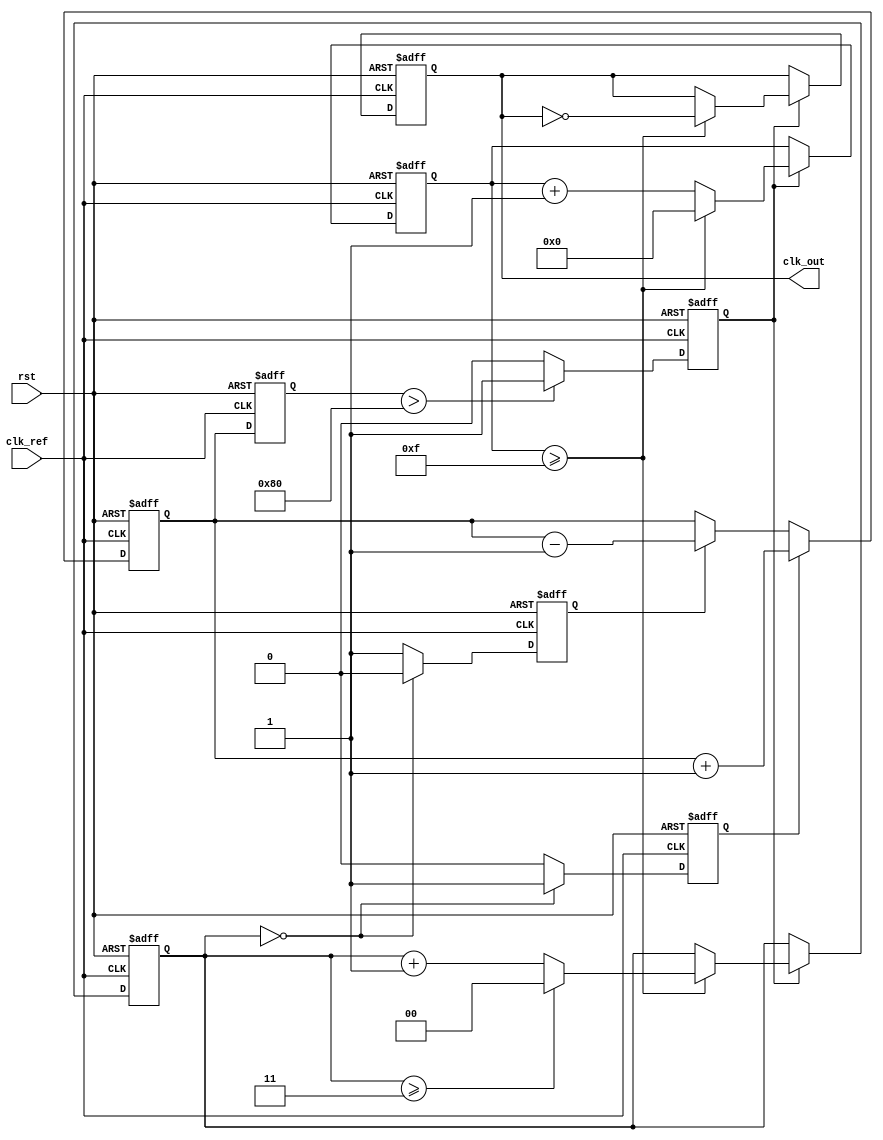
module cp_pll (
    input wire clk_ref,      // Reference clock input
    input wire rst,          // Reset signal
    output reg clk_out       // Output clock from VCO
);

// Parameters for Charge Pump
parameter I_UP = 1'b1;     // Charge current
parameter I_DOWN = 1'b1;   // Discharge current
parameter DIV_FACTOR = 4;  // Feedback divider factor

// Internal signals
reg up_signal;
reg down_signal;
reg [7:0] charge_pump_output; // Output of charge pump (control voltage)
reg [7:0] loop_filter_output;  // Output of loop filter (control voltage for VCO)
reg [3:0] vco_counter;         // VCO counter for generating clk_out
reg [1:0] feedback_divider;    // Feedback divider counter
reg vco_running;

// Phase Detector
always @(posedge clk_ref or posedge rst) begin
    if (rst) begin
        up_signal <= 0;
        down_signal <= 0;
    end else begin
        // Simple PD logic: Compare phase of clk_ref and feedback clock
        if (feedback_divider == 0) begin
            up_signal <= 1;
            down_signal <= 0;
        end else begin
            up_signal <= 0;
            down_signal <= 1;
        end
    end
end

// Charge Pump
always @(posedge clk_ref or posedge rst) begin
    if (rst) begin
        charge_pump_output <= 8'h00;
    end else begin
        if (up_signal) begin
            charge_pump_output <= charge_pump_output + I_UP;
        end else if (down_signal) begin
            charge_pump_output <= charge_pump_output - I_DOWN;
        end
    end
end

// Loop Filter (simple integration)
always @(posedge clk_ref or posedge rst) begin
    if (rst) begin
        loop_filter_output <= 8'h00;
    end else begin
        loop_filter_output <= charge_pump_output; // For simplicity, just pass the output
    end
end

// Voltage-Controlled Oscillator (VCO)
always @(posedge clk_ref or posedge rst) begin
    if (rst) begin
        vco_counter <= 0;
        clk_out <= 0;
        feedback_divider <= 0;
        vco_running <= 0;
    end else begin
        if (loop_filter_output > 8'h80) begin // Control voltage threshold
            vco_running <= 1;
        end else begin
            vco_running <= 0;
        end

        if (vco_running) begin
            vco_counter <= vco_counter + 1;
            if (vco_counter >= (1 << DIV_FACTOR) - 1) begin
                clk_out <= ~clk_out; // Toggle output clock
                vco_counter <= 0;
                feedback_divider <= feedback_divider + 1;
                if (feedback_divider >= DIV_FACTOR - 1) begin
                    feedback_divider <= 0; // Reset feedback divider
                end
            end
        end
    end
end

endmodule